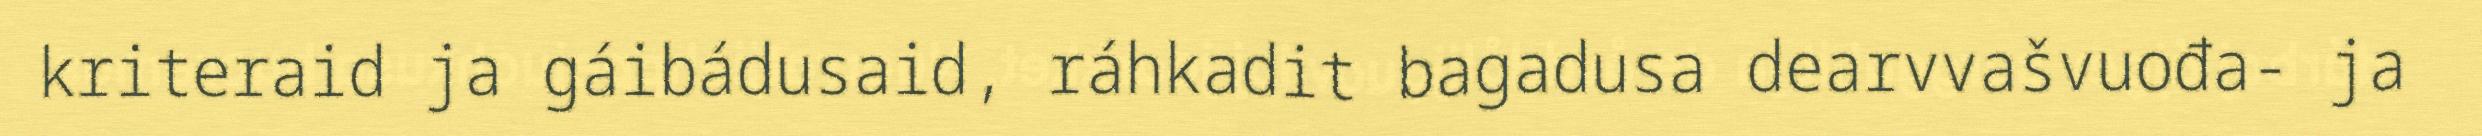
kriteraid ja gáibádusaid, ráhkadit bagadusa dearvvašvuođa- ja